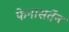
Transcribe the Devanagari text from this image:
फेनासतेंन